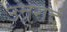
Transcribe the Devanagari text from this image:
उत्तरार्द्व